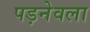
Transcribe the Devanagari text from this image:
पड़नेवला